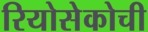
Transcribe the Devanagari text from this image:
रियोसेकोची